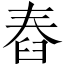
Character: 舂